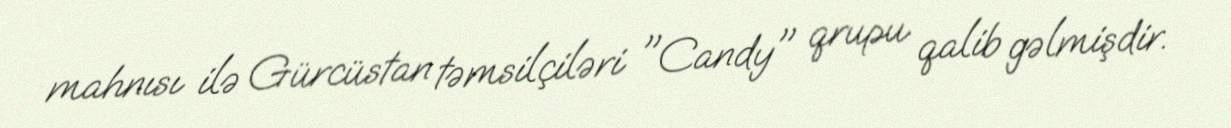
mahnısı ilə Gürcüstan təmsilçiləri "Candy" qrupu qalib gəlmişdir.